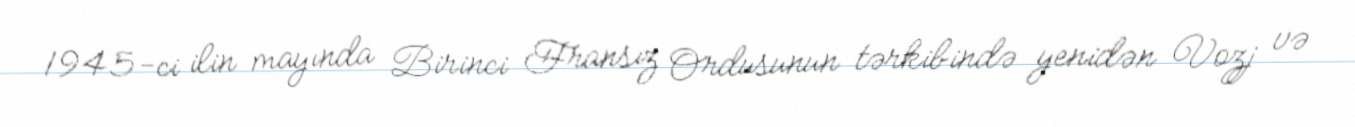
1945-ci ilin mayında Birinci Fransız Ordusunun tərkibində yenidən Vozj və